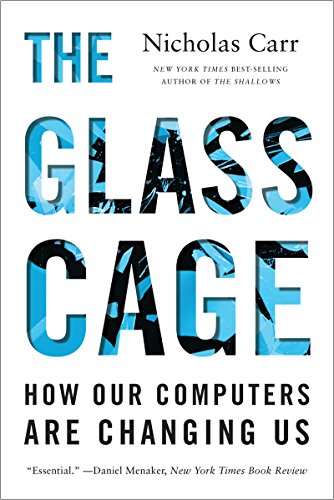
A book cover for The Glass Cage: How Our Computers Are Changing Us; Nicholas Carr; Engineering & Transportation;